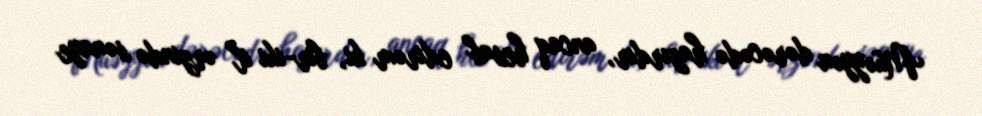
Müəyyən dərəcədə hazırdır, ancaq hesab edirəm ki, bir-iki il ərzində sənaye